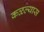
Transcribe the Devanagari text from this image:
कळल्यास